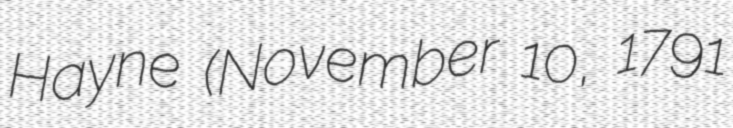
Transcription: Hayne (November 10, 1791